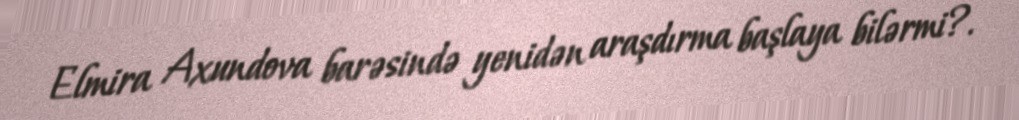
Elmira Axundova barəsində yenidən araşdırma başlaya bilərmi?.